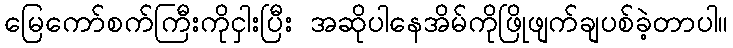
မြေကော်စက်ကြီးကိုငှါးပြီး အဆိုပါနေအိမ်ကိုဖြိုဖျက်ချပစ်ခဲ့တာပါ။